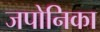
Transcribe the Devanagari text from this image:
जपोनिका